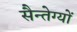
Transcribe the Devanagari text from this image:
सैन्तेग्यों